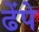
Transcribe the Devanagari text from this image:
ढेंपे